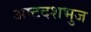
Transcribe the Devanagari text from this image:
अष्टदशभुज